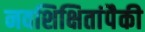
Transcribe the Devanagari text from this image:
नवशिक्षितांपैकी